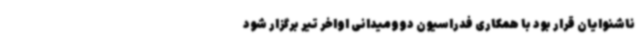
ناشنوایان قرار بود با همکاری فدراسیون دوومیدانی اواخر تیر برگزار شود